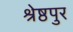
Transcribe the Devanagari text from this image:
श्रेष्ठपुर